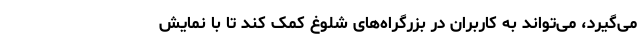
می‌گیرد، می‌تواند به کاربران در بزرگراه‌های شلوغ کمک کند تا با نمایش